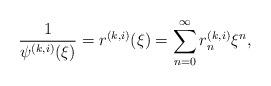
LaTeX: \begin{align*}\frac{1}{\psi^{(k,i)}(\xi)}=r^{(k,i)}(\xi)=\sum_{n=0}^{\infty}r_{n}^{(k,i)}\xi^{n}, \end{align*}